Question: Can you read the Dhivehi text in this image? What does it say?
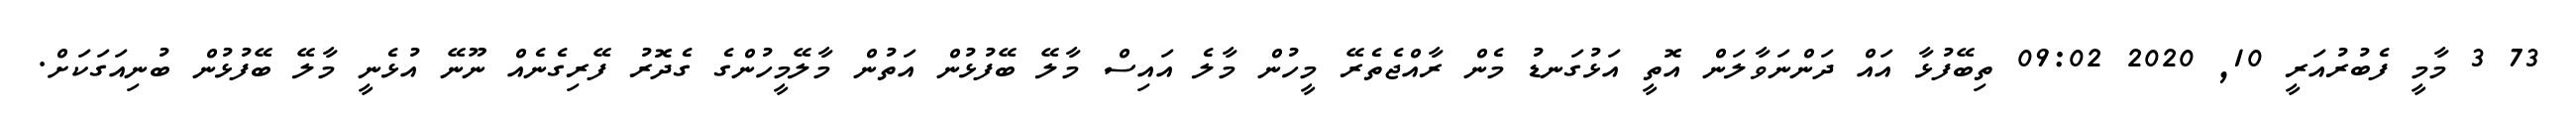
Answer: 73 3 މާމީ ފެބުރުއަރީ 10, 2020 09:02 ތިބޭފުޅާ އައް ދަންނަވާލަން އޮތީ އަޅުގަނޑު މެން ރާއްޖެތެރޭ މީހުން މާލެ އައިސް މާލޭ ބޭފުޅުން އަތުން މާލޭމީހުންގެ ގެދޮރު ފޭރިގެނެއް ނޫނޭ އުޅެނީ މާލޭ ބޭފުޅުން ބުނިއަގަކަށް.